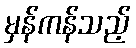
မှန်ကန်သည့်